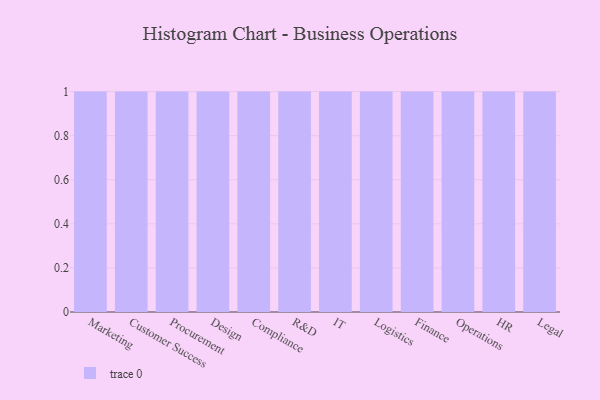
{"axis": {"x": "Department", "y": "Waste Production (Tons)"}, "legend": [""], "data": [{"x": "Marketing", "y": 42, "type": ""}, {"x": "Customer Success", "y": 3, "type": ""}, {"x": "Procurement", "y": 93, "type": ""}, {"x": "Design", "y": 30, "type": ""}, {"x": "Compliance", "y": 6, "type": ""}, {"x": "R&D", "y": 89, "type": ""}, {"x": "IT", "y": 53, "type": ""}, {"x": "Logistics", "y": 88, "type": ""}, {"x": "Finance", "y": 72, "type": ""}, {"x": "Operations", "y": 52, "type": ""}, {"x": "HR", "y": 26, "type": ""}, {"x": "Legal", "y": 25, "type": ""}]}